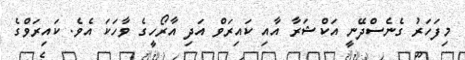
މިފަހަރު ގެނެސްދޭނީ އަކްޝަރާ އާއި ކައިރަވް އަދި އާރޯހީގެ ވާހަކަ އެވެ. ކައިރަވްގެ